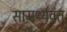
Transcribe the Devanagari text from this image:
सामर्थ्यवंत